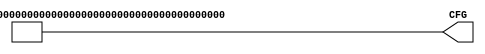
/***********************************************************************

  File:   cfg.v
  Rev:    3.0.0

  This is the user configurable options file for Xilinx's PCI Logicore.


  Copyright (c) 2003 Xilinx, Inc.  All rights reserved.

***********************************************************************/

`define MEMORY 1'b0
`define IO     1'b1

`define DISABLE  1'b0
`define ENABLE   1'b1

`define PREFETCH    1'b1
`define NOFETCH     1'b0
`define IO_PREFETCH 1'b1

`define TYPE00     2'b00
`define TYPE01     2'b01
`define TYPE10     2'b10
`define IO_TYPE    2'b11

// BAR sizes in bytes
`define SIZE2G     32'h8000_0000
`define SIZE1G     32'hc000_0000
`define SIZE512M   32'he000_0000
`define SIZE256M   32'hf000_0000
`define SIZE128M   32'hf800_0000
`define SIZE64M    32'hfc00_0000
`define SIZE32M    32'hfe00_0000
`define SIZE16M    32'hff00_0000
`define SIZE8M     32'hff80_0000
`define SIZE4M     32'hffc0_0000
`define SIZE2M     32'hffe0_0000
`define SIZE1M     32'hfff0_0000
`define SIZE512K   32'hfff8_0000
`define SIZE256K   32'hfffc_0000
`define SIZE128K   32'hfffe_0000
`define SIZE64K    32'hffff_0000
`define SIZE32K    32'hffff_8000
`define SIZE16K    32'hffff_c000
`define SIZE8K     32'hffff_e000
`define SIZE4K     32'hffff_f000
`define SIZE2K     32'hffff_f800
`define SIZE1K     32'hffff_fc00
`define SIZE512    32'hffff_fe00
`define SIZE256    32'hffff_ff00
`define SIZE128    32'hffff_ff80
`define SIZE64     32'hffff_ffc0
`define SIZE32     32'hffff_ffe0
`define SIZE16     32'hffff_fff0

module cfg ( CFG );


  // Declare the port directions.
  output  [255:0]       CFG;

  /*************************************************************/
  /*  Configure Device, Vendor ID, Class Code, and Revision ID */
  /*************************************************************/

  // Device ID and Vendor ID
  assign CFG[151:120] = 32'h0001_FEED ;

  // Class Code and  Revision ID
  assign CFG[183:152] = 32'h02000000 ;

  /*************************************************************/
  /*  Configure Subsystem ID and SubVendor ID                  */
  /*************************************************************/

  // Subsystem ID and  Subvendor ID
  assign CFG[215:184] = 32'h0000_FEED ;

  // External Subsystem ID and Subvendor ID
  assign CFG[114] = `DISABLE ;

  /*************************************************************/
  /*  Configure Base Address Registers                         */
  /*************************************************************/

  // BAR0
assign CFG[0]       = `ENABLE ;
assign CFG[32:1]    = `SIZE128M ;
assign CFG[33]      = `NOFETCH ;
assign CFG[35:34]   = `TYPE00 ;
assign CFG[36]      = `MEMORY ;

  // BAR1
assign CFG[37]      = `DISABLE ;
assign CFG[69:38]   = `SIZE2G ;
assign CFG[70]      = `NOFETCH ;
assign CFG[72:71]   = `TYPE00 ;
assign CFG[73]      = `MEMORY ;

  // BAR2
assign CFG[74]      = `DISABLE ;
assign CFG[106:75]  = `SIZE2G ;
assign CFG[107]     = `NOFETCH ;
assign CFG[109:108] = `TYPE00 ;
assign CFG[110]     = `MEMORY ;

  /*************************************************************/
  /*  Configure MAX_LAT MIN_GNT                                */
  /*************************************************************/

  assign CFG[231:224] = 8'h00 ;
  assign CFG[223:216] = 8'h00 ;

  /************************************************************/
  /*  Configure other PCI options                             */
  /************************************************************/

  // Latency Timer Enable
  assign CFG[112] = `ENABLE ;

  // Interrupt Enable
  assign CFG[113] = `ENABLE ;

/************************************************************/
/*  For advanced users only.                                */
/************************************************************/

  // Capability List Enable
  assign CFG[116] = `DISABLE ;

  // Capability List Pointer
  assign CFG[239:232] = 8'h00 ;

  // User Config Space Enable
  assign CFG[118] = `DISABLE ;

  // Interrupt Acknowledge
  assign CFG[240] = `DISABLE ;

  /*****************************************************/
  /*  Do not modify any of the following settings!     */
  /*****************************************************/

  // Obsolete
  assign CFG[111] = `DISABLE ;

  // Obsolete
  assign CFG[117] = `DISABLE ;

  // Obsolete
  assign CFG[119] = `DISABLE ;

  // Enable 66 MHz
  assign CFG[244] = `DISABLE ;

  assign CFG[254:245] = 10'b0010000000;

  // Do Not Modify
  assign CFG[115] = `DISABLE ;
  assign CFG[241] = `DISABLE ;
  assign CFG[242] = `DISABLE ;
  assign CFG[243] = `DISABLE ;
  assign CFG[255] = `DISABLE ;

endmodule